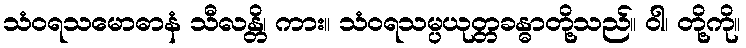
သံဝရသမောဓာနံ သီလန္တိ၊ ကား။ သံဝရသမ္ပယုတ္တခန္ဓာတို့သည်။ ဝါ၊ တို့ကို။